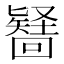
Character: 𭍶